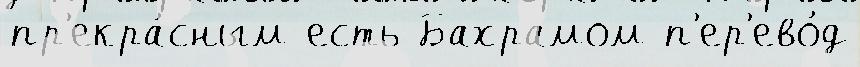
пр'екра́сным есть Бахрамом п'ер'ево́д